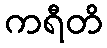
ကရီတိ